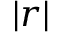
| \boldsymbol { r } |